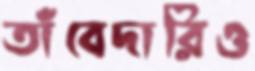
তাঁবেদারিও